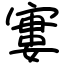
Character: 寠